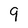
Character: 9